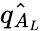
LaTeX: \hat{q_{A_{L}}}